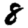
Digit: 8